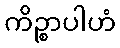
ကိဉ္စာပါဟံ